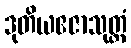
ဒုတိယဧဇာသုတ္တံ